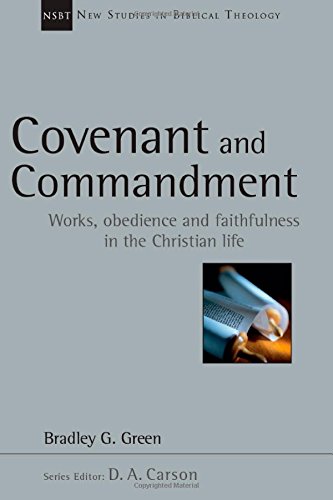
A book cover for Covenant and Commandment: Works, Obedience and Faithfulness in the Christian Life (New Studies in Biblical Theology); Bradley G. Green; Christian Books & Bibles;